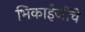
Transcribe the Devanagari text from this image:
भिकाईजींचे